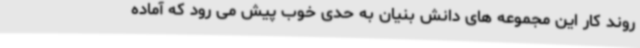
روند کار این مجموعه های دانش بنیان به حدی خوب پیش می رود که آماده